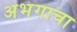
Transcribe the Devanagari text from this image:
अभंगाचा